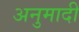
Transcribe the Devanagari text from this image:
अनुमादी